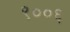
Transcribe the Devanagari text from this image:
९००६